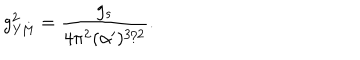
g _ { \mathrm { Y M } } ^ { 2 } = \frac { g _ { s } } { 4 \pi ^ { 2 } ( \alpha ^ { \prime } ) ^ { 3 / 2 } } .